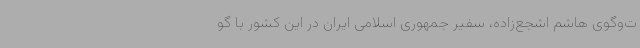
ت‌وگوی هاشم اشجع‌زاده، سفیر جمهوری اسلامی ایران در این کشور با گو